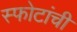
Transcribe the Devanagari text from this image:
स्फोटांची